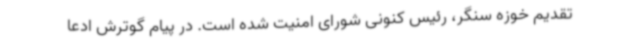
تقدیم خوزه سنگر، رئیس کنونی شورای امنیت شده است. در پیام گوترش ادعا